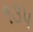
૧૩પ